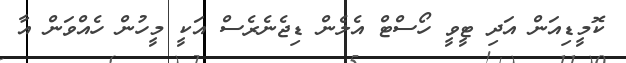
ކޮމީޑިއަން އަދި ޓީވީ ހޯސްޓް އެލެން ޑިޖެނެރެސް އަކީ މީހުން ހެއްވަން އާ